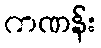
ကဏန်း